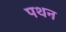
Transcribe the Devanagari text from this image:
पथन